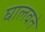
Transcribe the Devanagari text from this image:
घालवते